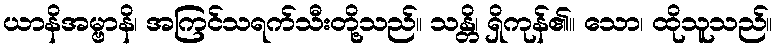
ယာနိအမ္ဗာနိ၊ အကြင်သရက်သီးတို့သည်။ သန္တိ၊ ရှိကုန်၏။ သော၊ ထိုသူသည်။